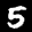
Label: 5